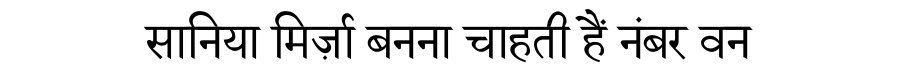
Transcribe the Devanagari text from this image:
सानिया मिर्ज़ा बनना चाहती हैं नंबर वन